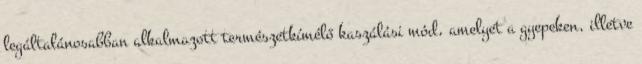
legáltalánosabban alkalmazott természetkímélő kaszálási mód, amelyet a gyepeken, illetve